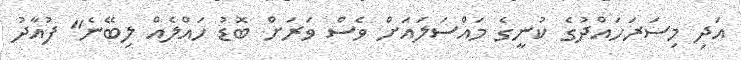
އަދި މިސަރަހައްދުގެ ކުނީގެ މައްސަލައަށް ވެސް ވަރަށް ބޮޑު ހައްލެއް ލިބޭނެ" ފުއާދު